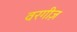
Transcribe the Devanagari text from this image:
वरगीज़